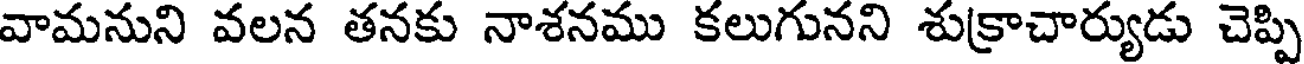
వామనుని వలన తనకు నాశనము కలుగునని శుక్రాచార్యుడు చెప్పి